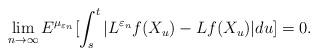
LaTeX: \begin{align*}\lim_{n\rightarrow \infty}E^{\mu_{\varepsilon_n}}[\int_s^t|L^{\varepsilon_n}f(X_{u})-Lf(X_{u})|du]=0.\end{align*}